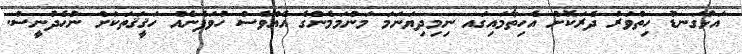
އަޅުގަނޑު ހިތްވަރު ދެރަކޮށް އެހިތާމައިގައ ނިމިދިޔަނަމަ މަންމަމެންގެ އެއްވެސް ހުވަފެނެއް ހަޤީޤަތަކަށް ނުހެދުނީސް.